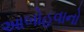
આબોહવાનો